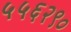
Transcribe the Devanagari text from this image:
५५६२९०